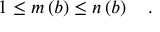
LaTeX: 1 \le m \left( b \right) \le n \left( b \right) \quad .